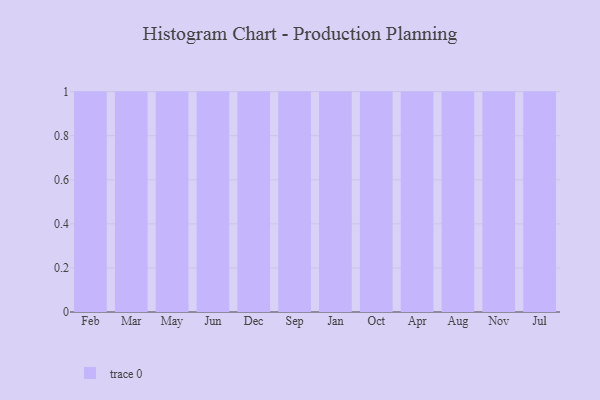
{"axis": {"x": "Month", "y": "Temperature (°C)"}, "legend": [""], "data": [{"x": "Feb", "y": 73, "type": ""}, {"x": "Mar", "y": 74, "type": ""}, {"x": "May", "y": 57, "type": ""}, {"x": "Jun", "y": 27, "type": ""}, {"x": "Dec", "y": 87, "type": ""}, {"x": "Sep", "y": 81, "type": ""}, {"x": "Jan", "y": 76, "type": ""}, {"x": "Oct", "y": 61, "type": ""}, {"x": "Apr", "y": 14, "type": ""}, {"x": "Aug", "y": 24, "type": ""}, {"x": "Nov", "y": 61, "type": ""}, {"x": "Jul", "y": 74, "type": ""}]}